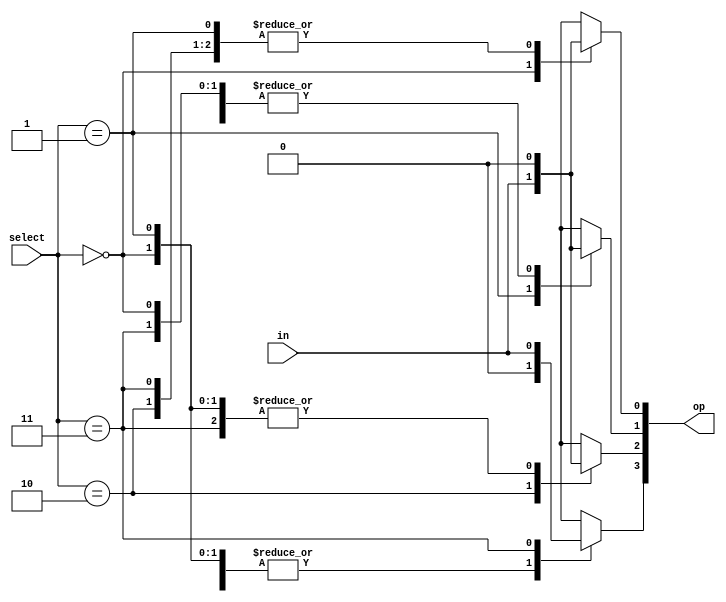
module demux( select, in, op );

input[1:0] select;
input in;
output[3:0] op;

wire in;
wire[1:0] select;
reg[3:0] op;

initial
begin
op=0;
op[select]=in;

end
endmodule